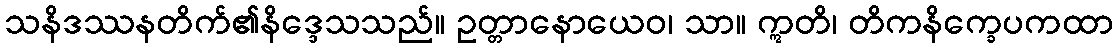
သနိဒဿနတိက်၏နိဒ္ဒေသသည်။ ဥတ္တာနောယေဝ၊ သာ။ ဣတိ၊ တိကနိက္ခေပကထာ